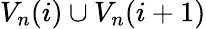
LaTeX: V_{n}(i)\cup V_{n}(i+1)